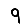
Digit: 9